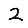
Digit: 2